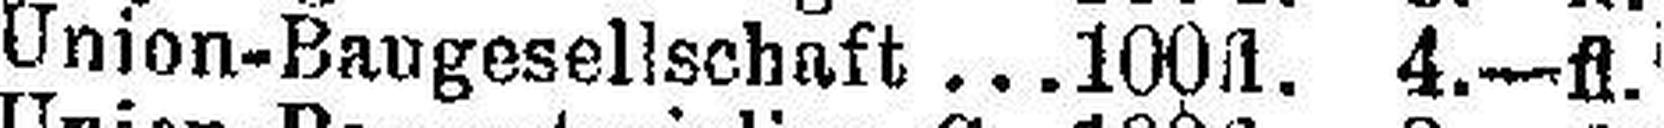
Union-Baugesellschaft ... 100 fl. 4.—fl.